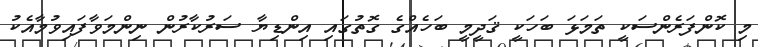
މި ކޮންފަރެންސަކީ ތަމަޅަ ބަހަކީ ޤަދީމީ ބަހެއްގެ ގޮތުގައި އިންޑިޔާ ސަރުކާރުން ނިންމަވާފައިވުމާއެކު